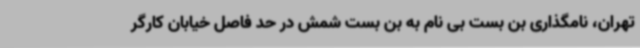
تهران، نامگذاری بن بست بی نام به بن بست شمش در حد فاصل خیابان کارگر